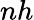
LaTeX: nh